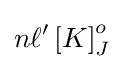
n\ell '\left[K\right]_{J}^{o}